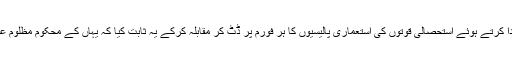
لیکن انہوں نے آخر دم تک اس صوبہ میں بلوچ ‘ پشتون اتحاد کے لئے پل کا کردار ادا کرتے ہوئے استحصالی قوتوں کی استعماری پالیسیوں کا ہر فورم پر ڈٹ کر مقابلہ کرکے یہ ثابت کیا کہ یہاں کے محکوم مظلوم عوام متحد و منظم ہو کر اپنی قومی تحریک کو بہترین انداز میں آگے بڑھا سکیں گے ۔